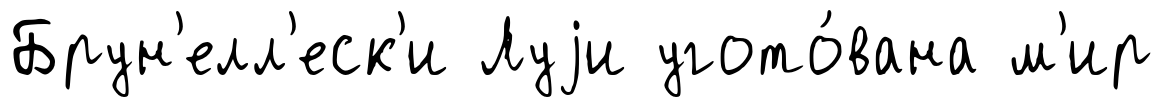
Брун'елл'еск'и Луjи угото́вана м'ир